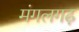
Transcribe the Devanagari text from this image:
मंगलगढ़